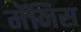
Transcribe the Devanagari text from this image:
मॅनिस